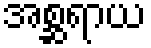
အစ္ဆရာယ